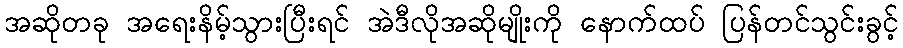
အဆိုတခု အရေးနိမ့်သွားပြီးရင် အဲဒီလိုအဆိုမျိုးကို နောက်ထပ် ပြန်တင်သွင်းခွင့်